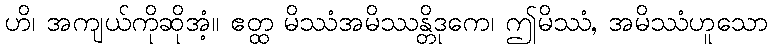
ဟိ၊ အကျယ်ကိုဆိုအံ့။ ဧတ္ထ မိဿံအမိဿန္တိဒုကေ၊ ဤမိဿံ, အမိဿံဟူသော